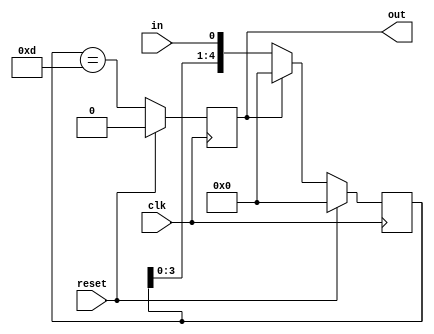
module seq_detector (input clk, input reset, input in, output out);
  reg [4:0] shift_reg;
  reg out;

  always @(posedge clk) begin
    if (reset) begin
      shift_reg <= 5'b0;
      out <= 1'b0;
    end else begin
      shift_reg <= {shift_reg[3:0], in};
      out <= (shift_reg == 5'b01101);
      if(out==1'b1)
       shift_reg <=5'b00000;
    end
  end
endmodule